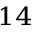
^ { 1 4 }